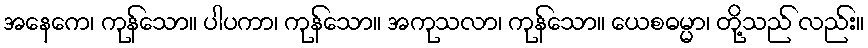
အနေကေ၊ ကုန်သော။ ပါပကာ၊ ကုန်သော။ အကုသလာ၊ ကုန်သော။ ယေစဓမ္မာ၊ တို့သည် လည်း။